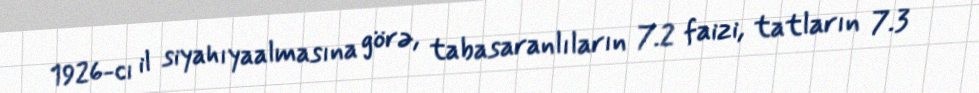
1926-cı il siyahıyaalmasına görə, tabasaranlıların 7.2 faizi, tatların 7.3